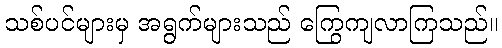
သစ်ပင်များမှ အရွက်များသည် ကြွေကျလာကြသည်။